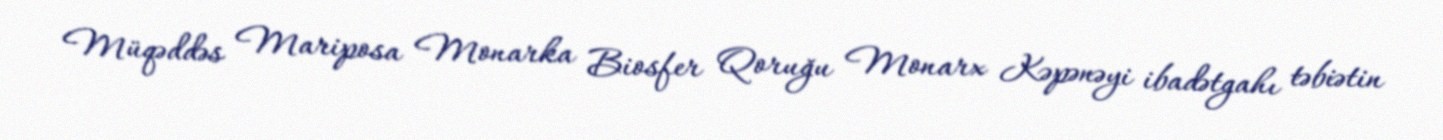
Müqəddəs Mariposa Monarka Biosfer Qoruğu Monarx Kəpənəyi ibadətgahı təbiətin